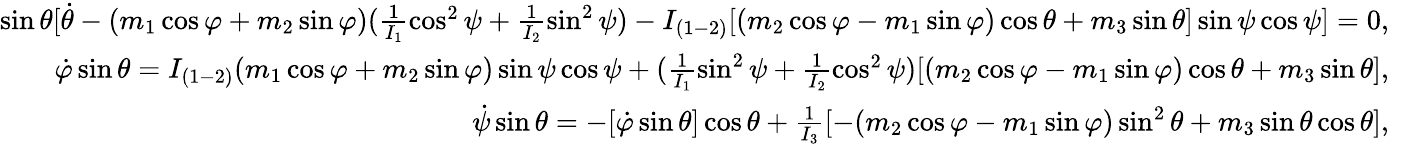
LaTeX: \begin{array}{r}{\sin\theta[\dot{\theta}-(m_{1}\cos\varphi+m_{2}\sin\varphi)(\frac{1}{I_{1}}\cos^{2}\psi+\frac{1}{I_{2}}\sin^{2}\psi)-I_{(1-2)}[(m_{2}\cos\varphi-m_{1}\sin\varphi)\cos\theta+m_{3}\sin\theta]\sin\psi\cos\psi]=0,\quad}\\ {\dot{\varphi}\sin\theta=I_{(1-2)}(m_{1}\cos\varphi+m_{2}\sin\varphi)\sin\psi\cos\psi+(\frac{1}{I_{1}}\sin^{2}\psi+\frac{1}{I_{2}}\cos^{2}\psi)[(m_{2}\cos\varphi-m_{1}\sin\varphi)\cos\theta+m_{3}\sin\theta],\quad}\\ {\dot{\psi}\sin\theta=-[\dot{\varphi}\sin\theta]\cos\theta+\frac{1}{I_{3}}[-(m_{2}\cos\varphi-m_{1}\sin\varphi)\sin^{2}\theta+m_{3}\sin\theta\cos\theta],\quad}\end{array}